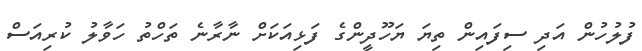
ފުލުހުން އަދި ސިފައިން ތިޔަ ޔަހޫދީންގެ ފަޅިއަކަށް ނާރާނެ ތަހްތު ހަވާލު ކުރިއަސް